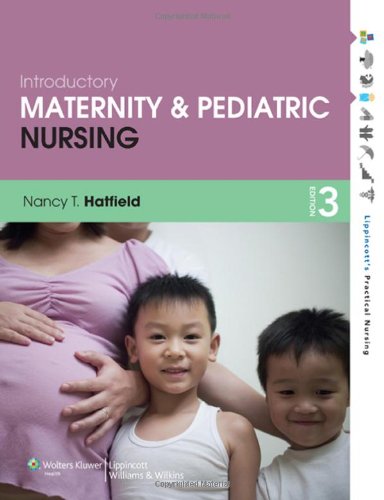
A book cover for Introductory Maternity and Pediatric Nursing 3 Edition (Lippincott's Practical Nursing); Nancy T. Hatfield MAE  BSN  RN; Medical Books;